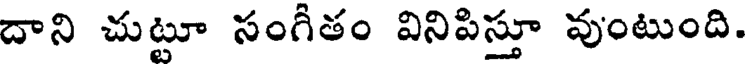
దాని చుట్టూ సంగీతం వినిపిస్తూ వుంటుంది.